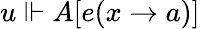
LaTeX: u\Vdash A[e(x\to a)]